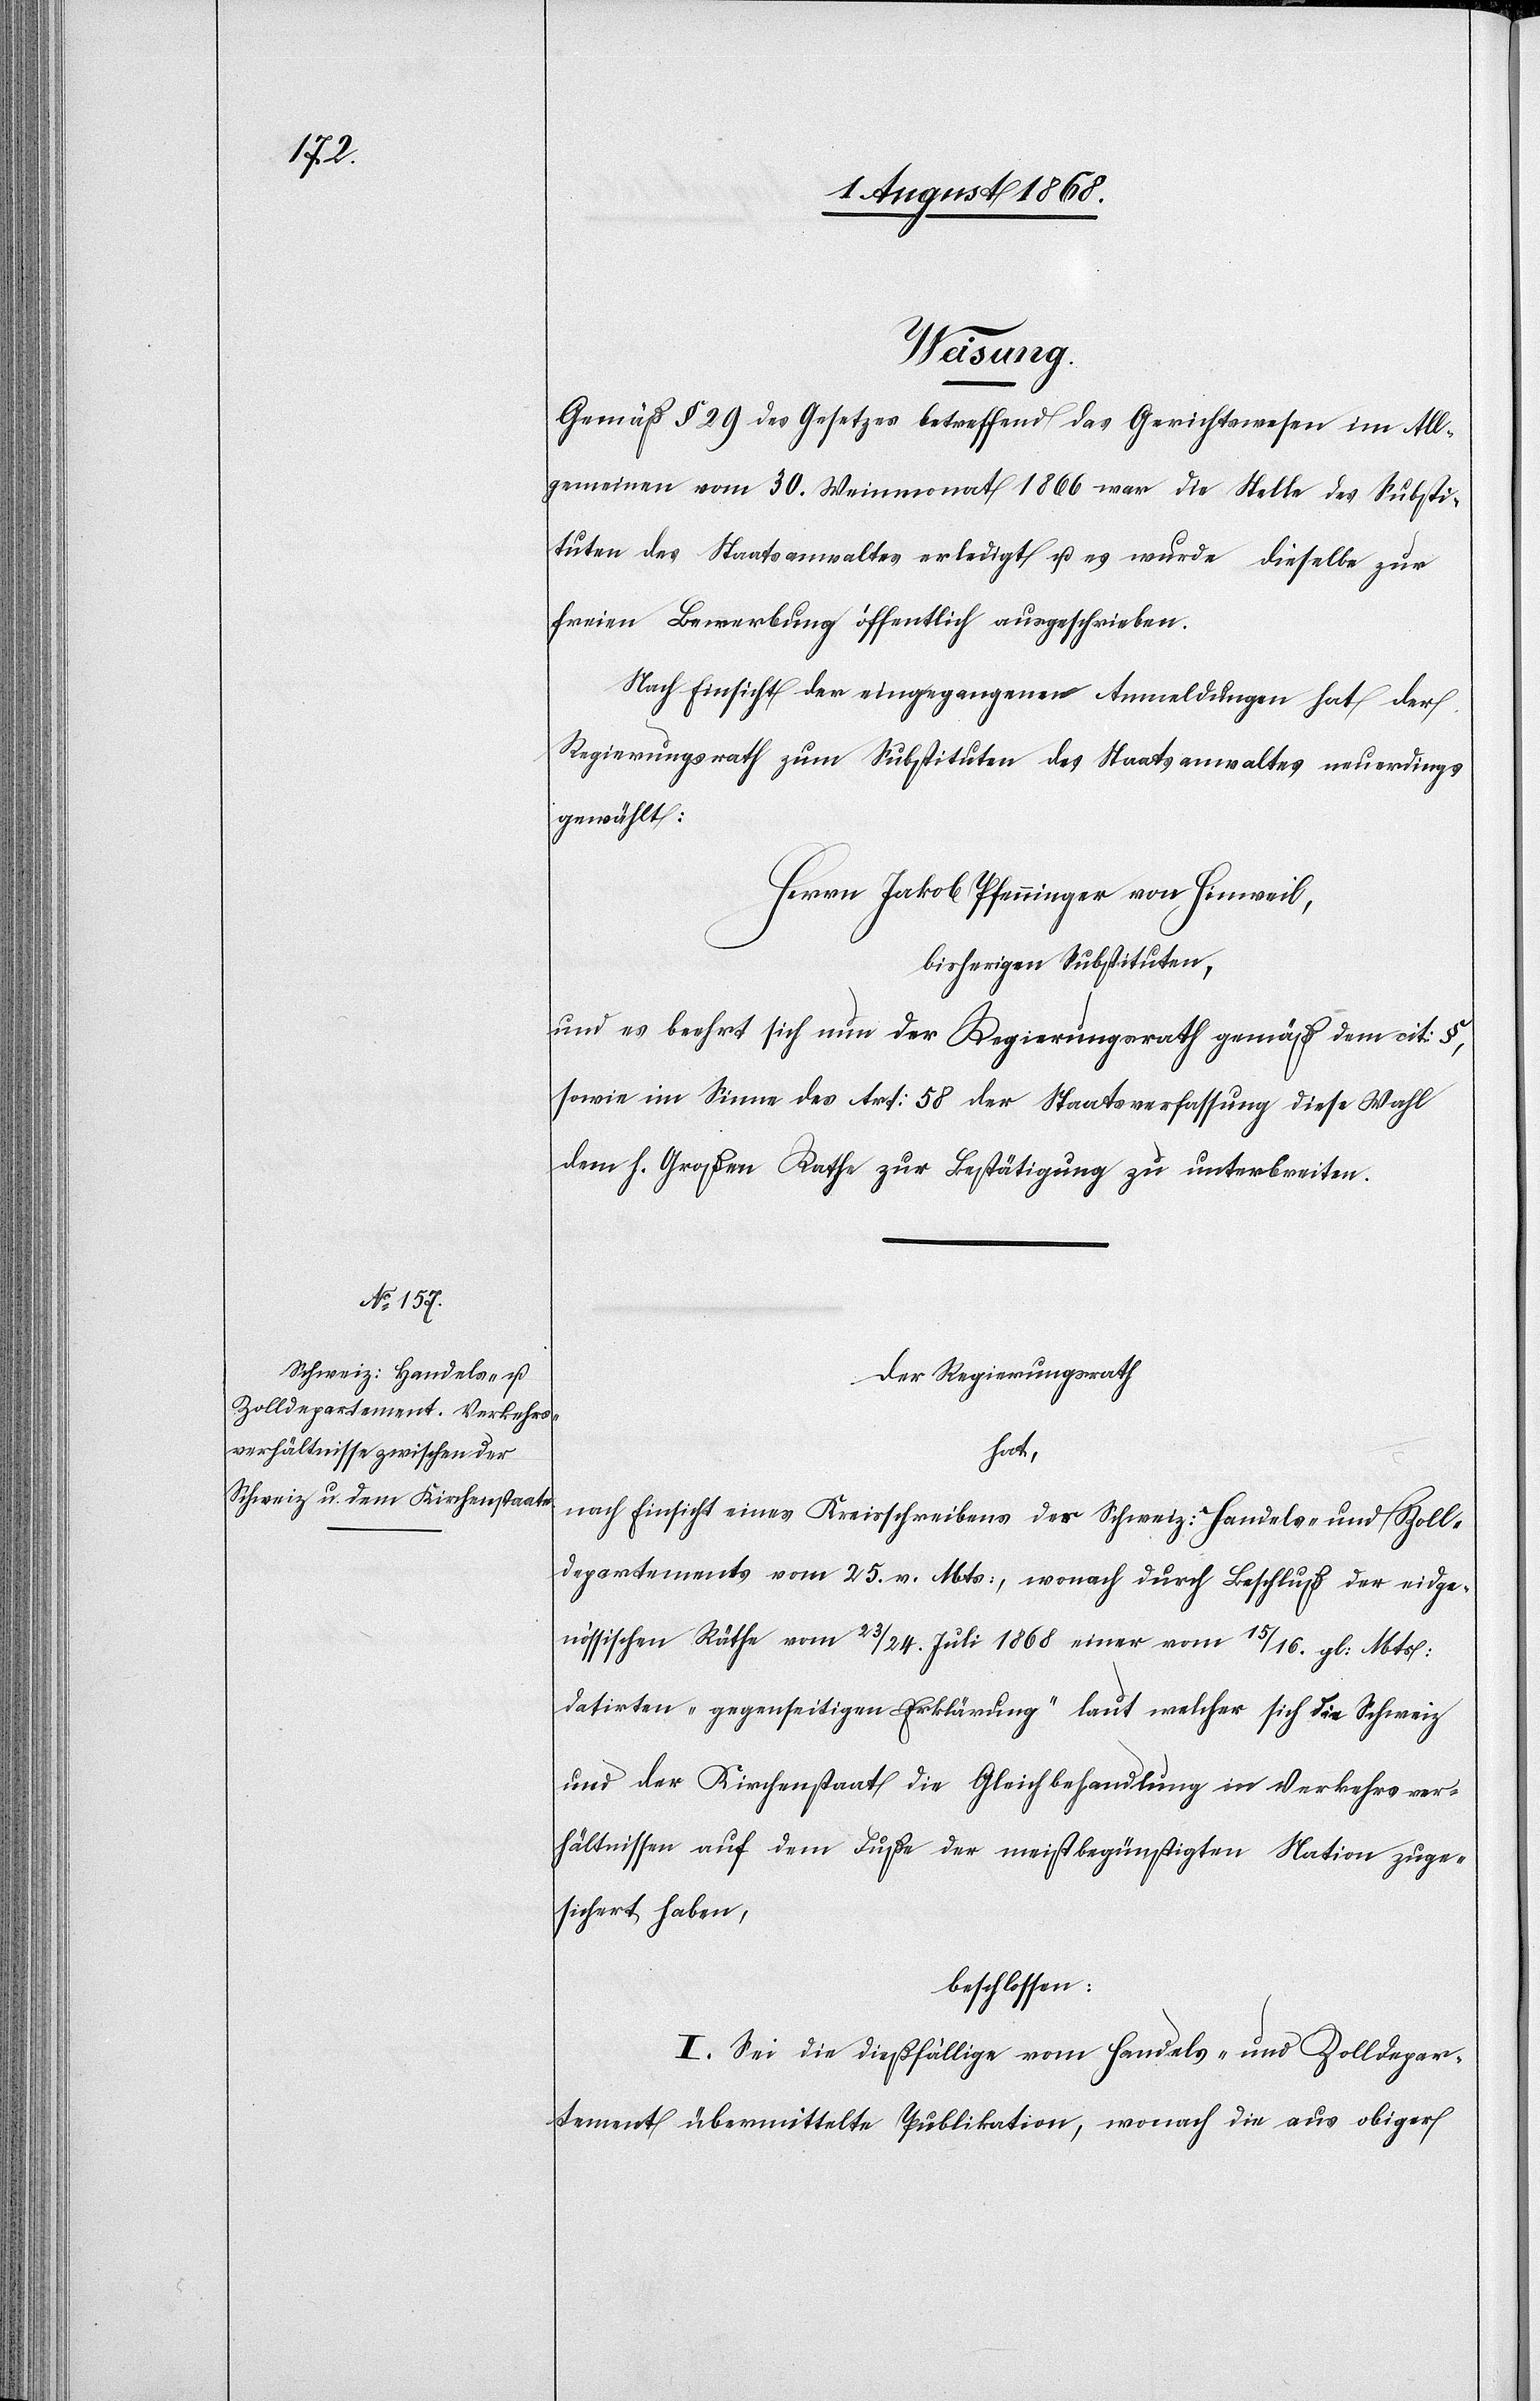
Weisung.
Gemäß § 29 des Gesetzes betreffend das Gerichtswesen im All¬
gemeinen vom 30. Weinmonat 1866 war die Stelle des Substi¬
tuten des Staatsanwaltes erledigt u. es wurde dieselbe zur
freien Bewerbung öffentlich ausgeschrieben.
Nach Einsicht der eingegangenen Anmeldungen hat der
Regierungsrath zum Substituten des Staatsanwaltes neuerdings
gewählt:
Herrn Jakob Pfenninger von Hinweil,
bisherigen Substituten,
und es beehrt sich nun der Regierungsrath gemäß dem cit: §,
sowie im Sinne des Art: 58 der Staatsverfassung diese Wahl
dem h. Großen Rathe zur Bestätigung zu unterbreiten.
Der Regierungsrath
hat,
nach Einsicht eines Kreisschreibens des Schweiz: Handels- und Zoll¬
departements vom 25. v. Mts:, wonach durch Beschluß der eidge¬
nössischen Räthe vom 23/24. Juli 1868 einer vom 15/16. gl: Mts:
datirten „gegenseitigen Erklärung“ laut welcher sich die Schweiz
und der Kirchenstaat die Gleichbehandlung in Verkehrsver¬
hältnissen auf dem Fuße der meistbegünstigten Nation zuge¬
sichert haben,
beschlossen:
I. Sei die dießfällige vom Handels- und Zolldepar¬
tement übermittelte Publikation, wonach die aus obiger